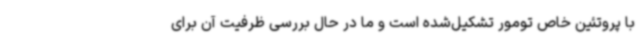
با پروتئین خاص تومور تشکیل‌شده است و ما در حال بررسی ظرفیت آن برای